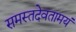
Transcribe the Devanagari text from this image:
समस्तदेवतामयं